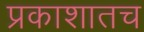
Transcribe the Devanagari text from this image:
प्रकाशातच